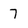
Character: 7